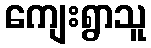
ကျေးရွာသူ